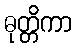
ဓုတ္တိကာ